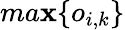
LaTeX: ma\mathbf{x}\{ o_{i,k}\}